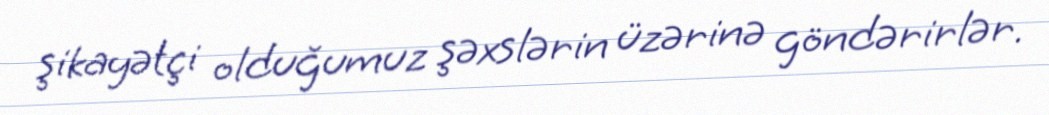
şikayətçi olduğumuz şəxslərin üzərinə göndərirlər.